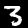
Digit: 3